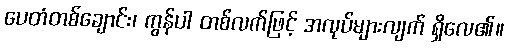
ပေတံတစ်ချောင်း၊ ကွန်ပါ တစ်လက်ဖြင့် အလုပ်များလျက် ရှိလေ၏။